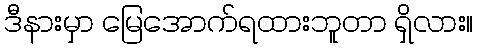
ဒီနားမှာ မြေအောက်ရထားဘူတာ ရှိလား။